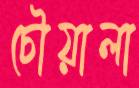
চৌয়ালা